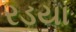
રડયા